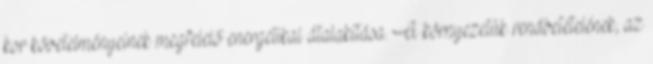
kor követelményeinek megfelelő energetikai átalakítása. A környezetük rendbetételének, az